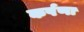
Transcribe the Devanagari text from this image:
कर्षणा